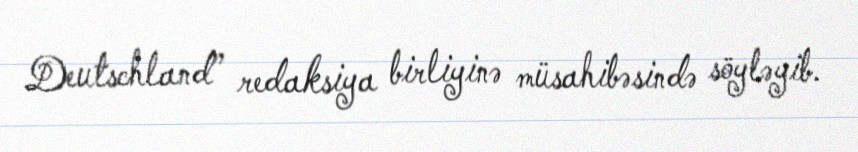
Deutschland” redaksiya birliyinə müsahibəsində söyləyib.